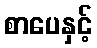
စာပေနှင့်